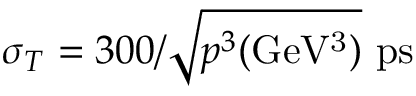
\sigma _ { T } = 3 0 0 / \sqrt { p ^ { 3 } \mathrm { ( G e V ^ { 3 } ) } } ~ \mathrm { { p s } }